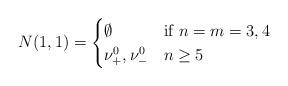
LaTeX: \begin{align*}N(1, 1) = \begin{cases}\emptyset & \mbox{if } n= m=3, 4 \\\nu^{0}_+, \nu^{0}_- & n \geq 5\end{cases}\end{align*}